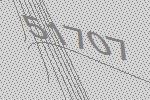
51707